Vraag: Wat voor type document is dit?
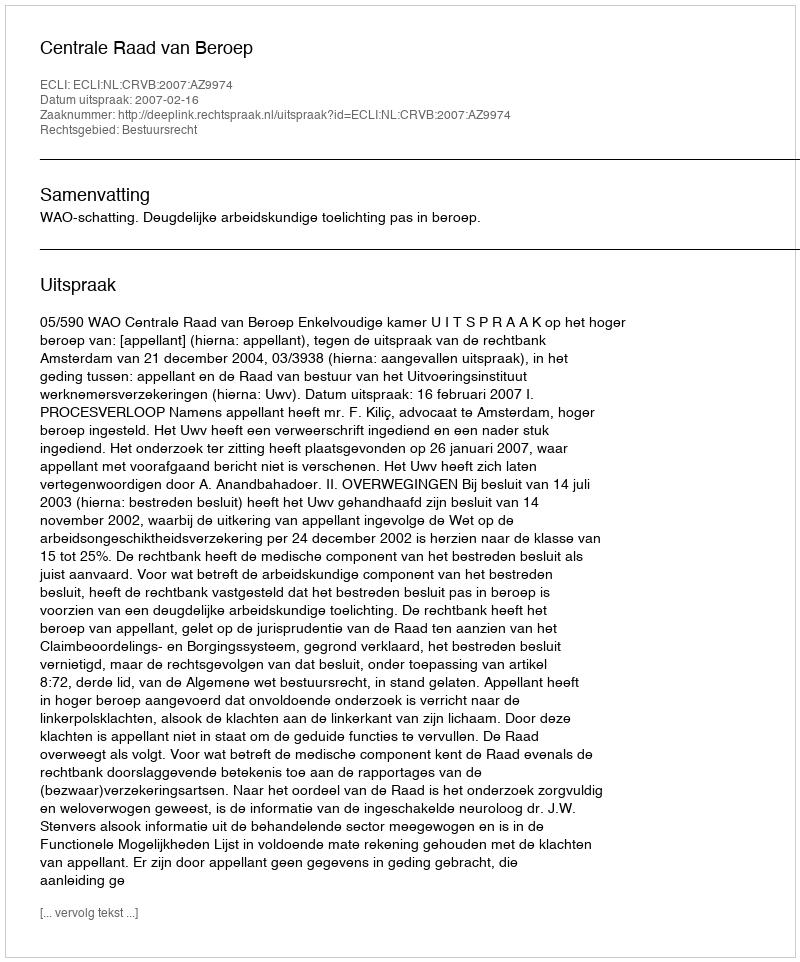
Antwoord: Uitspraak